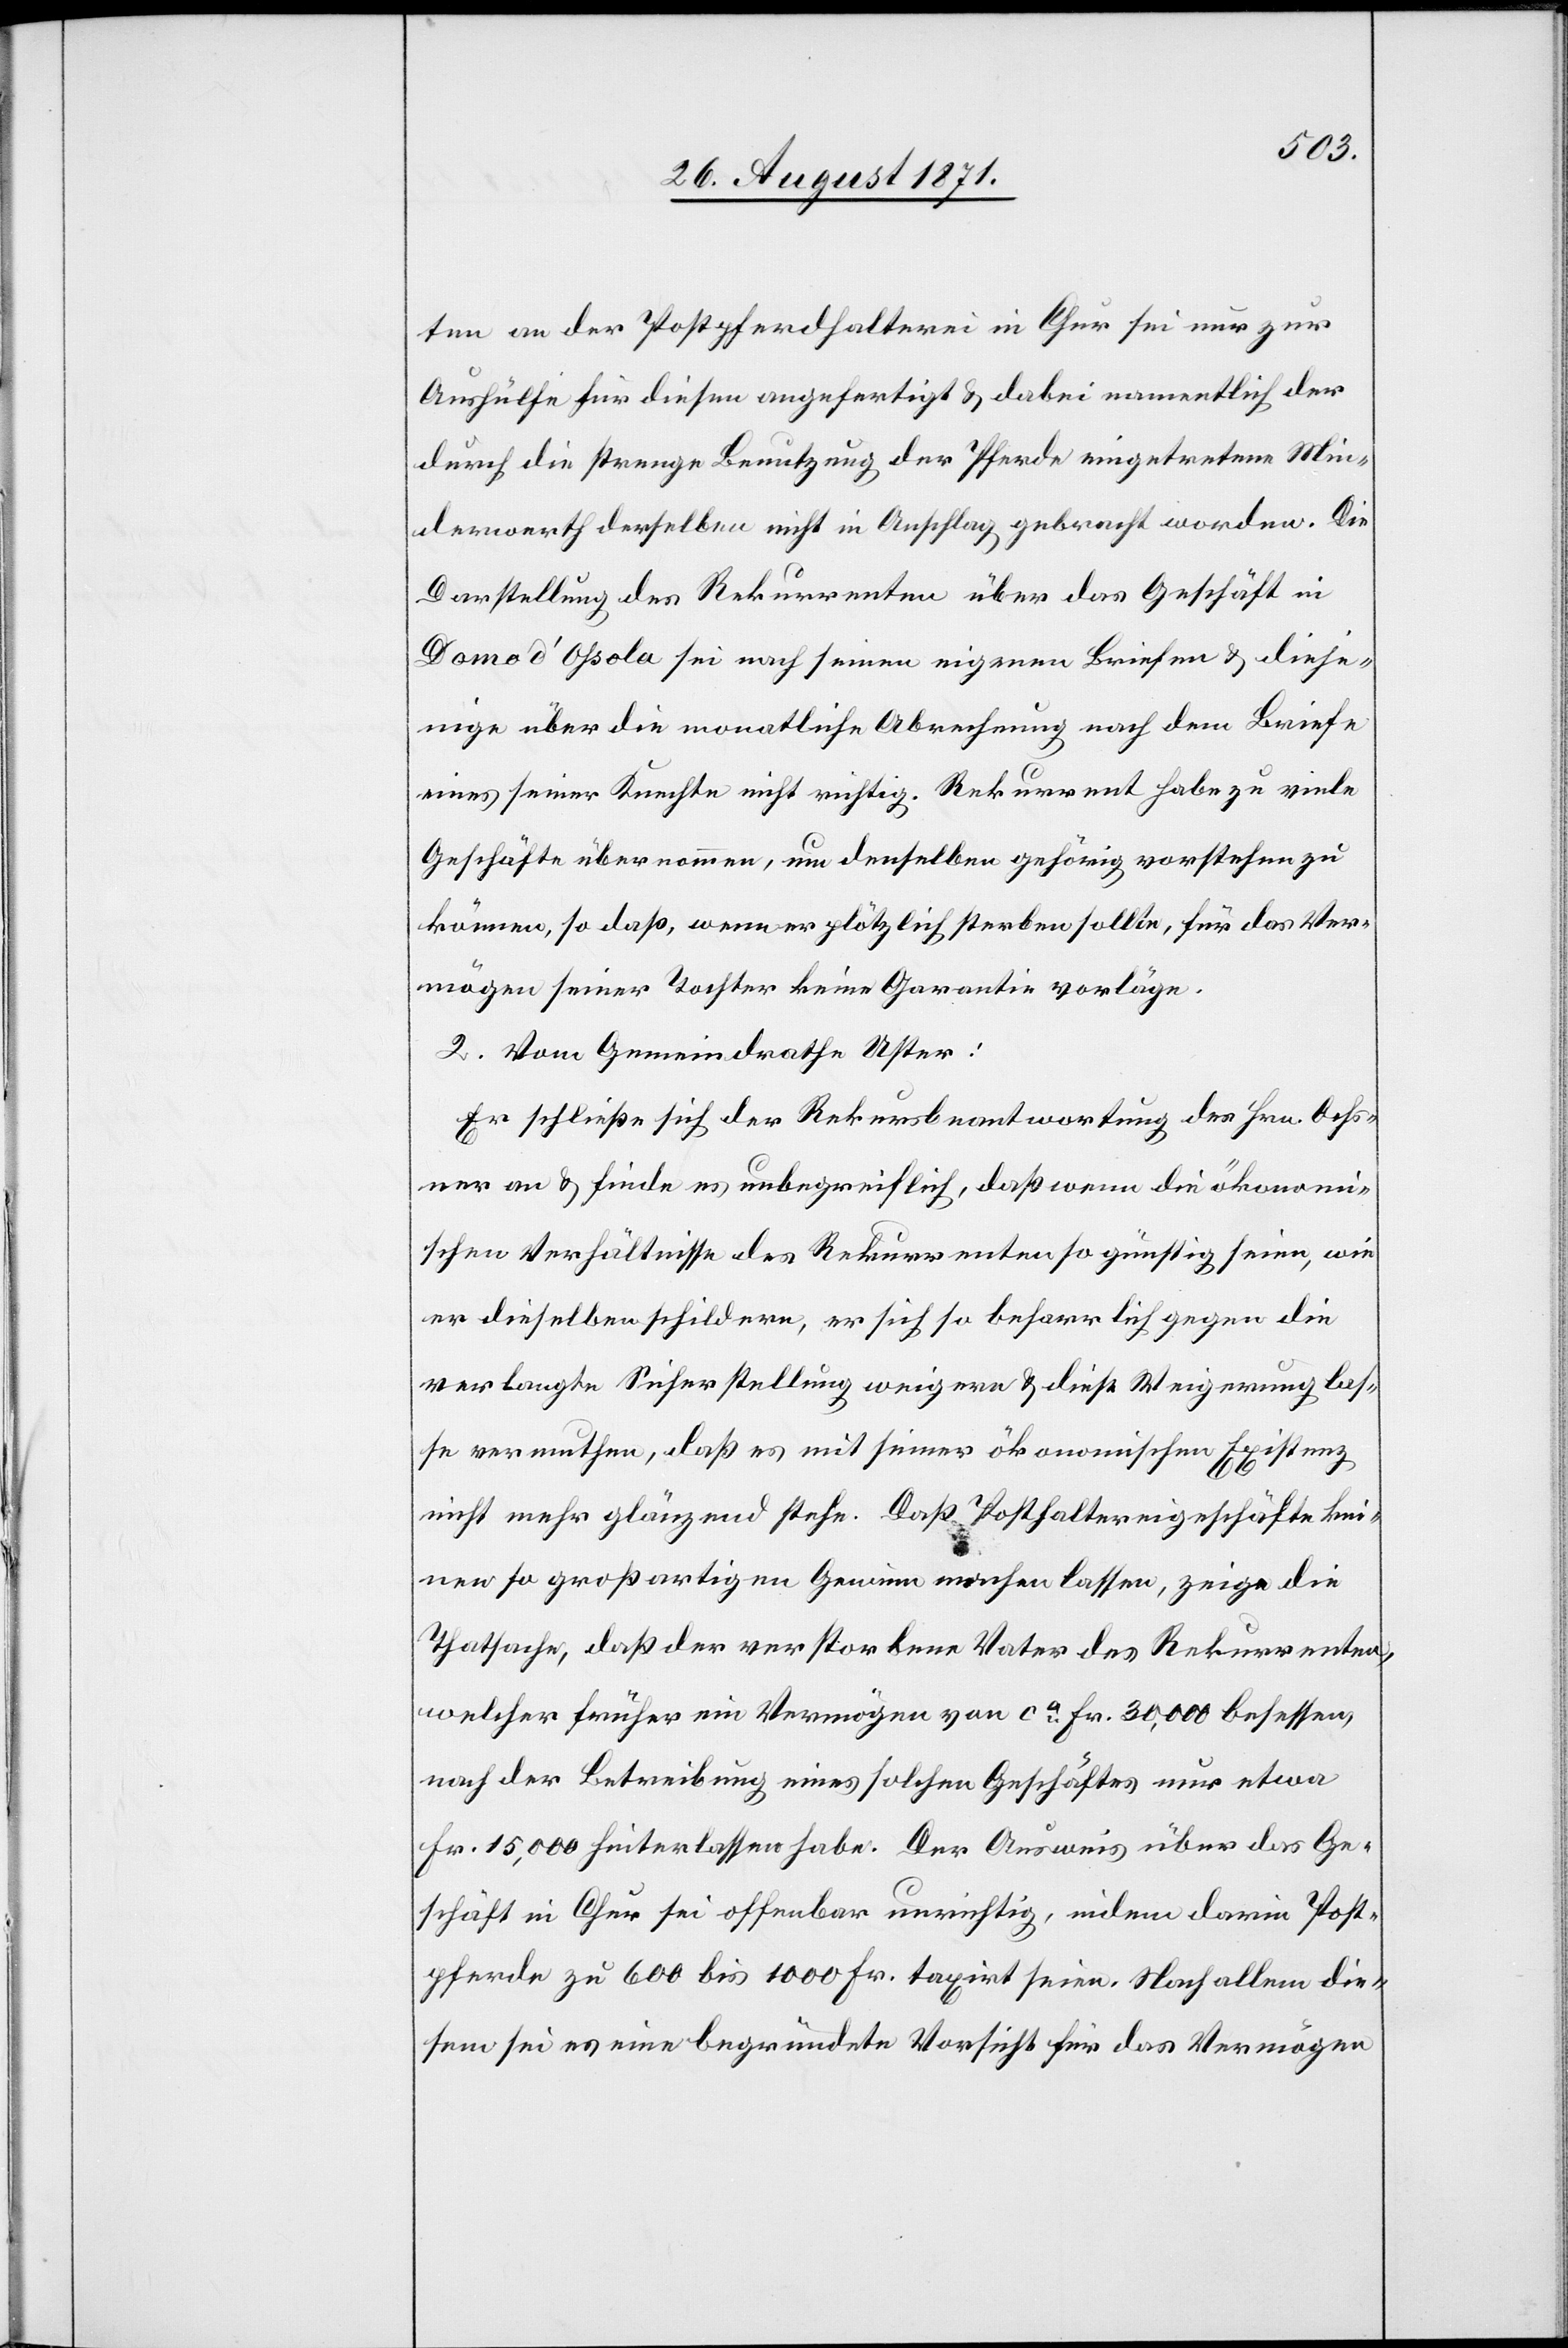
ten an der Postpferdhalterei in Chur sei nur zur
Aushülfe für diesen angefertigt & dabei namentlich der
durch die Strenge Benutzung der Pferde eingetretenen Min¬
derwerth derselben nicht in Anschlag gebracht worden. Die
Darstellung des Rekurrenten über das Geschäft in
Domo d’Ohsola sei nach seinen eigenen Briefen & dieje¬
nigen über die monatliche Abrechnung nach dem Briefe
eines seiner Knechte nicht richtig. Rekurrent habe zu viele
Geschäfte übernommen, um denselben gehörig vorstehen zu
können, so daß, wenn er plötzlich sterben sollte, für das Ver¬
mögen seiner Tochter keine Garantie vorläge.
2. Vom Geimeinrathe Uster:
Er schließe sich der Rekursbeantwortung des Hrn. Ochs¬
ner an & finde es unbegreiflich, daß wenn die ökonomi¬
schen Verhältnisse des Rekurrenten so günstig seien, wie
er dieselben schildere, er sich so beharrlich gegen die
verlangte Sicherstellung weigere & diese Weigerung las¬
se vermuthen, daß es mit seiner ökonomischen Existenz
nicht mehr glänzend stehe. Daß Posthaltereigeschäfte kei¬
ne so großartigen Gewinn machen lassen, zeige die
Thatsache, daß der verstorbene Vater des Rekurrenten,
welcher früher ein Vermögen von ca Fr, 30,000 besessen,
nach der Betreibung eines solchen Geschäftes nur etwa
Fr. 15,000 Hinterlassen habe. Der Ausweis über das Ge¬
schäft in Chur sei offenbar unrichtig, indem darin Post¬
pferde zu 600 bis 1000 Fr. taxirt seien. Nach allem die¬
sem sei es eine begründete Vorsicht für das Vermögen